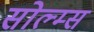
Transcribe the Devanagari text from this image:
सोल्म्स